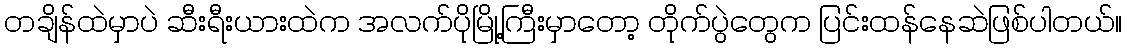
တချိန်ထဲမှာပဲ ဆီးရီးယားထဲက အလက်ပိုမြို့ကြီးမှာတော့ တိုက်ပွဲတွေက ပြင်းထန်နေဆဲဖြစ်ပါတယ်။